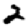
Digit: 2